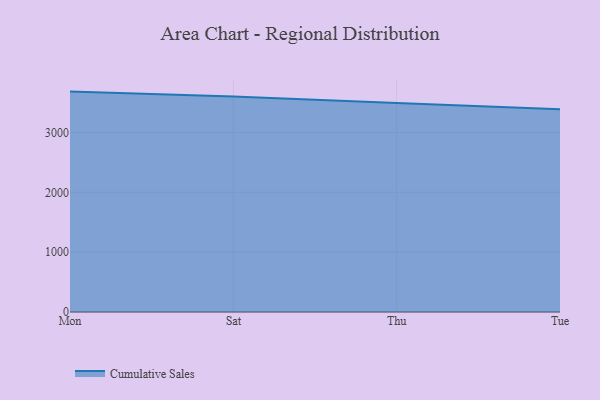
{"axis": {"x": "Day", "y": "LTV (USD)"}, "legend": ["Cumulative Sales"], "data": [{"x": "Mon", "y": 3684.5, "type": "Cumulative Sales"}, {"x": "Sat", "y": 3602.1, "type": "Cumulative Sales"}, {"x": "Thu", "y": 3491.9, "type": "Cumulative Sales"}, {"x": "Tue", "y": 3390.4, "type": "Cumulative Sales"}]}